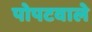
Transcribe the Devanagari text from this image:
पोपटवाले